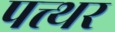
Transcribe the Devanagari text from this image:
पत्त्थर